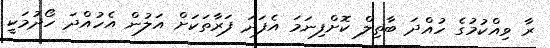
ރާ ވިއްކުމުގެ ހުއްދަ ބާތިލް ކޮށްފިނަމަ އެފަދަ ފަރާތަކަށް އަލުން އެހުއްދަ ހޯދުމަކީ